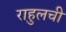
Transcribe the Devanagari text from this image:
राहुलची